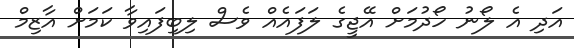
އަދި އެ ލޯނު ހޯދުމަށް އޭޖީގެ ލަފައެއް ވެސް ލިބިފައިވާ ކަމަށް އާޒިމް